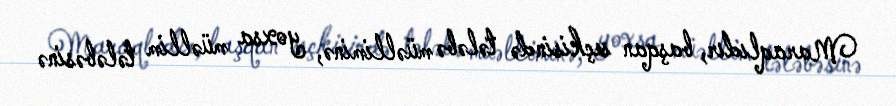
Maraqlıdır, başqan seçkisində tələbə müəlliminə, yoxsa müəllim tələbəsinə